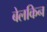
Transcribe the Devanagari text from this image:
बेलकिन